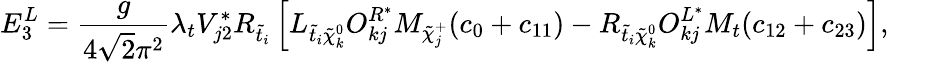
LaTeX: E_{3}^{L}=\frac{g}{4\sqrt 2\pi^{2}}\lambda_{t}V_{j2}^{*}R_{\tilde{t}_{i}}\left[L_{\tilde{t}_{i}\tilde{\chi}_{k}^{0}}O_{kj}^{R^{*}}M_{\tilde{\chi}_{j}^{+}}(c_{0}+c_{11})-R_{\tilde{t}_{i}\tilde{\chi}_{k}^{0}}O_{kj}^{L^{*}}M_{t}(c_{12}+c_{23})\right],~~~~~~